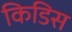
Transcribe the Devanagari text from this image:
किडिस